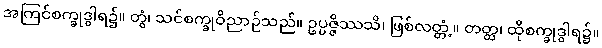
အကြင်စက္ခုဒွါရ၌။ တွံ၊ သင်စက္ခုဝိညာဉ်သည်။ ဥပ္ပဇ္ဇိဿသိ၊ ဖြစ်လတ္တံ့။ တတ္ထ၊ ထိုစက္ခုဒွါရ၌။